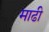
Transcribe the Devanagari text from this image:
माढी